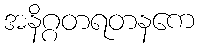
အနိဂ္ဂတရတနကေ